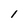
Character: 1